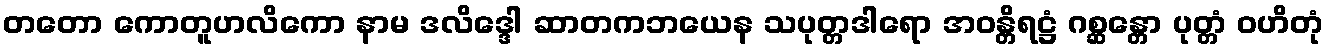
တတော ကောတူဟလိကော နာမ ဒလိဒ္ဒေါ ဆာတကဘယေန သပုတ္တဒါရော အဝန္တိရဋ္ဌံ ဂစ္ဆန္တော ပုတ္တံ ဝဟိတုံ